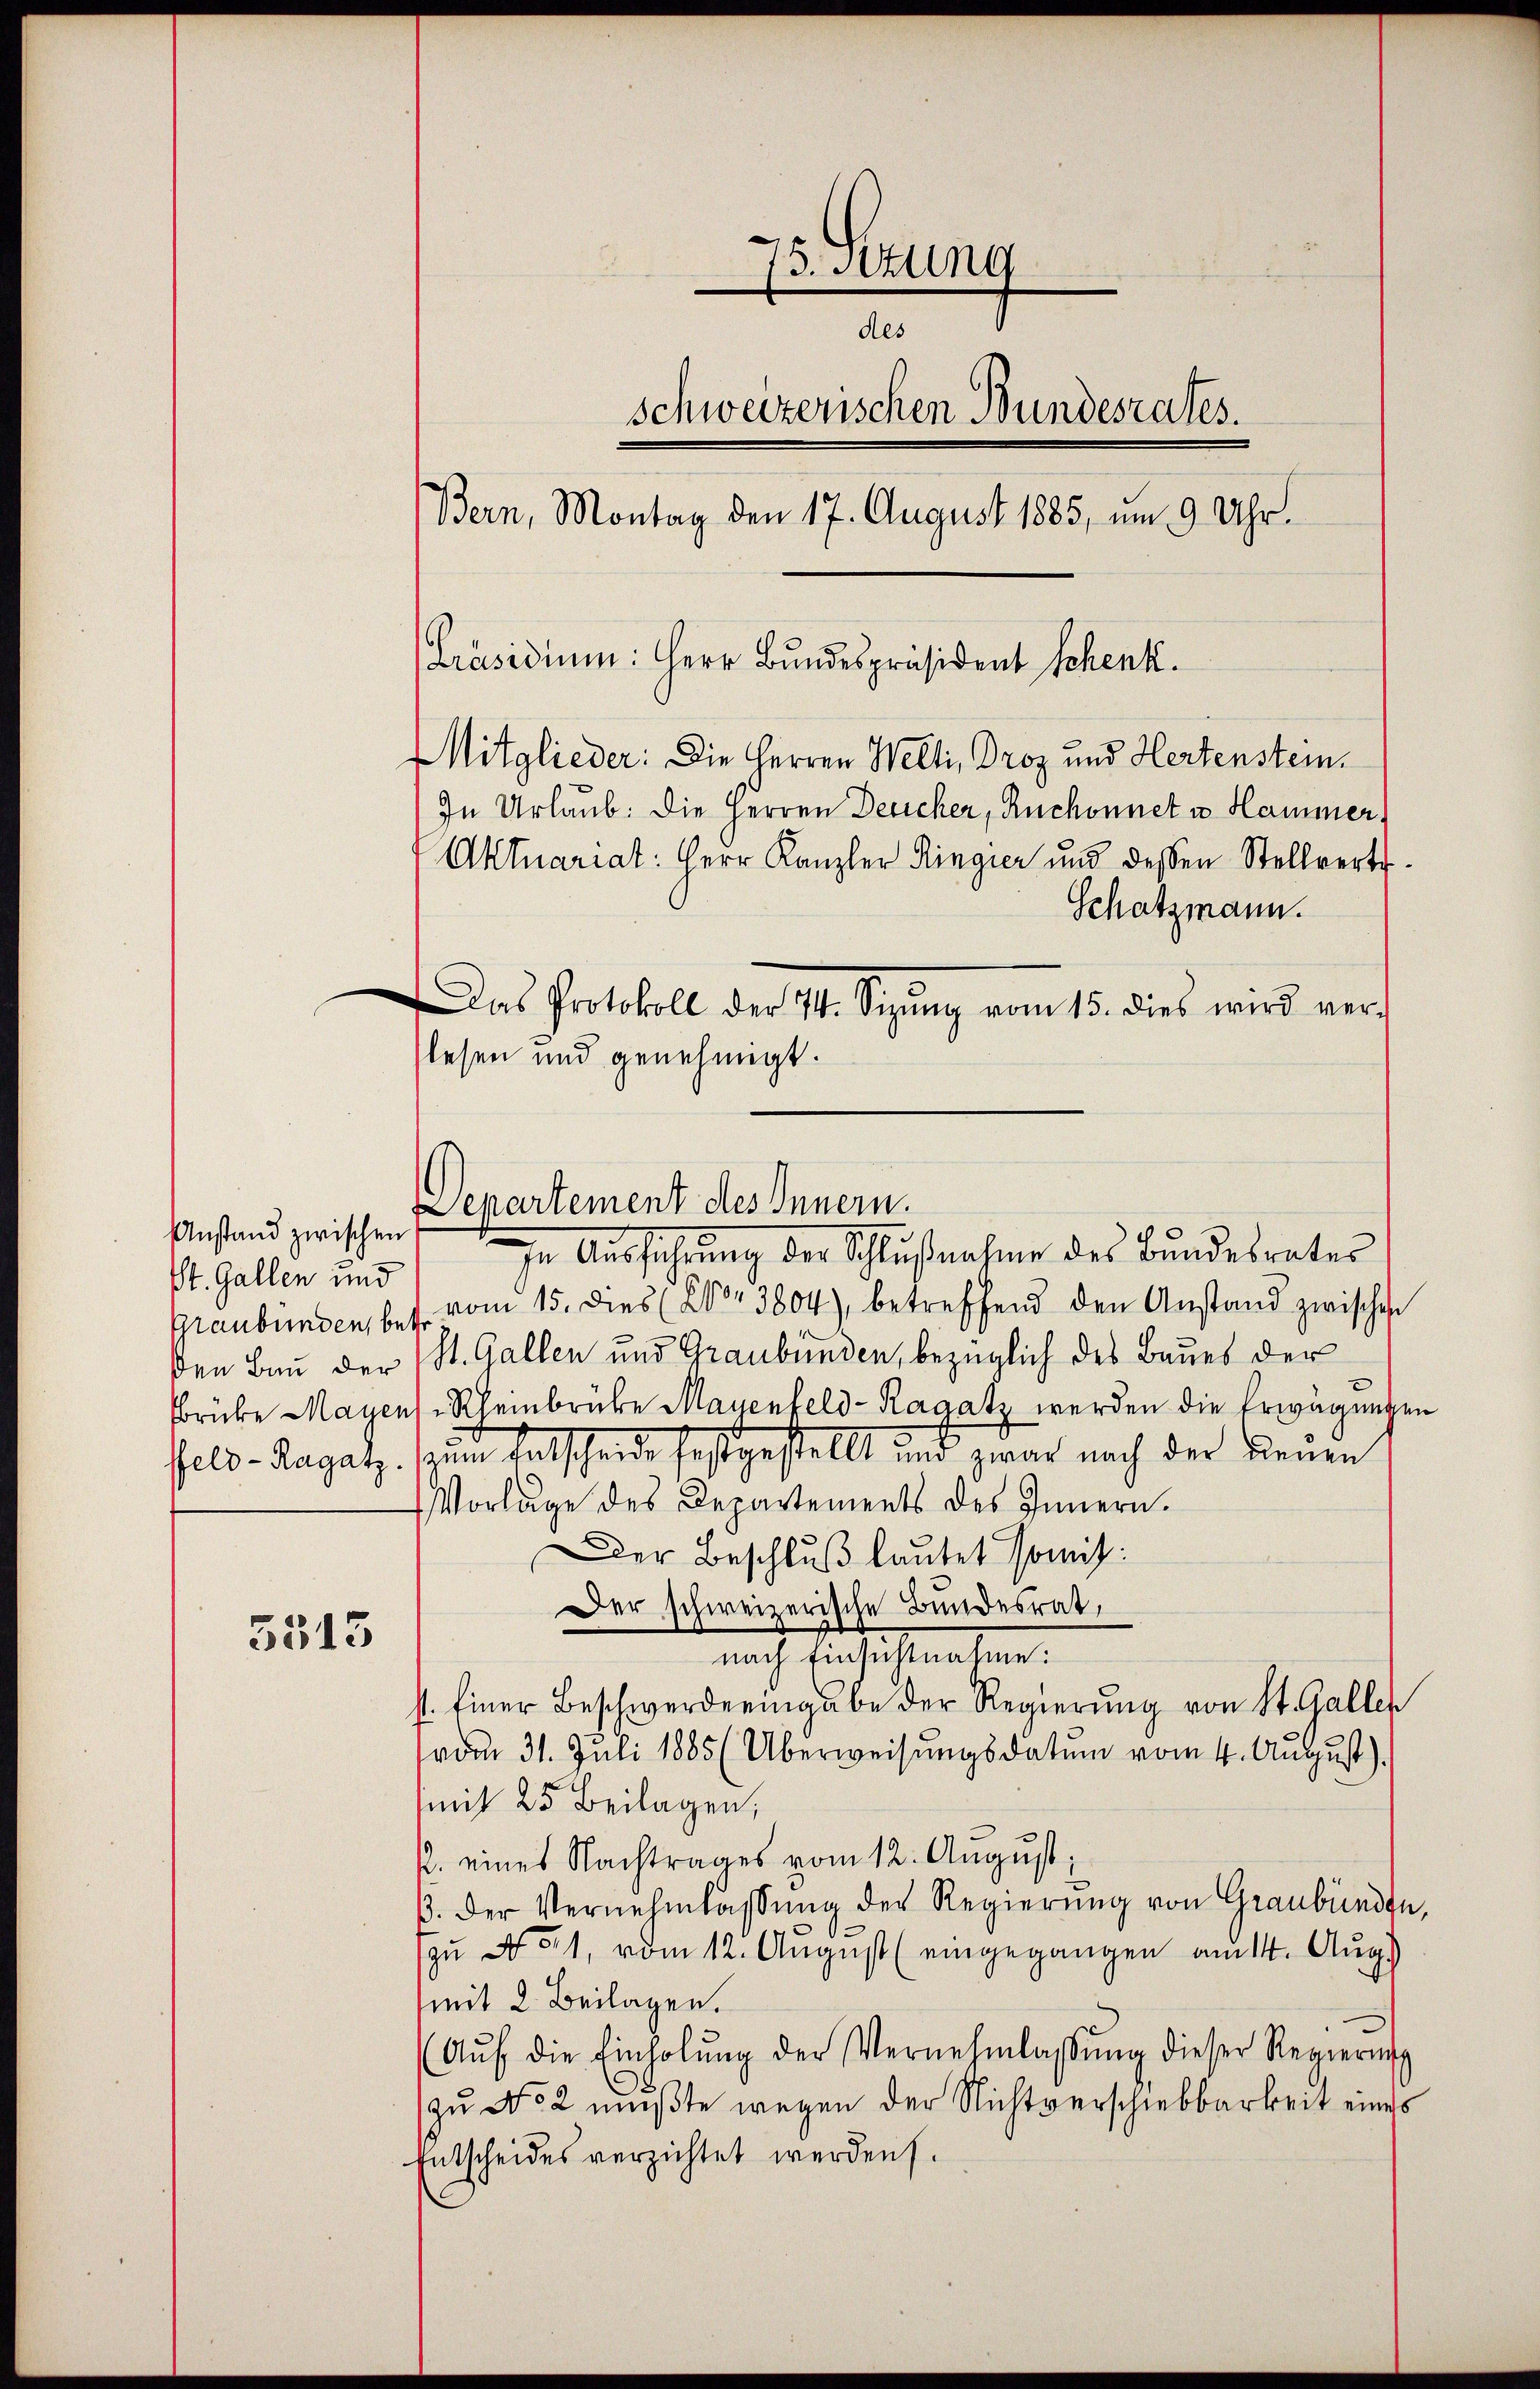
5513

Anstand zwischen
St. Gallen und

In Aussichtung der Schlußnahme des Bundesrates
Graubünden, bes. vom 15. dies (Von 3804), betreffend den Anstand zwischen
den Bau der St. Gallen und Graubünden, bezüglich des Baues der
Brüke Mayens - Kleinbrüke Mauenfeld- Ragatz werden die Erwägungen
Pelo-Ragatz, zum Entscheide festgestellt und zwar nach der neuen
Vorlage des Departements des Innern.
Der Beschluß lautet somit:
Der schweizerische Bundesrat,
nach Einsichtnahme:
st. Einer Beschwerderingabe der Regierung von St. Gallen
(vom 31. Juli 1885 (Überweisungsdatum vom 4. August),
mit 25 Beilagen,
p. eines Nachtrages vom 12. August
ß. Der Vernehmlassŭng der Regierung von Graubünden,
zu No 511, vom 12. August (eingegangen aucht. Augs
mit 2. Beilagen.
(Aŭf die Einholŭng der Vernehmlassŭng dieser Regierung
zŭ No 2 müßte wegen der Nichtverschiebbarkeit eines
Entscheides verzichtet werden.

75. Stund
—
des
schweizerischen Bundesrates.
Bern, Montag den 17. August 1885, um 9 Uhr.
Präsidium: Herr Bundespräsident Schenk.
Mitglieder: Die Herren Welti, Droz und Hertenstein.
In Urlaub. Die Herren Desicher, Ruchonnet u. Hammer
Aktuariat: Herr Kanzler Ringier und dessen Stellvertr.
Schatzmann.
Das Protokoll der 14. Sizŭng vom 15. dies wird verlesen und genehmigt.

Departement des Innern.